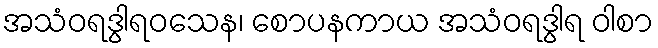
အသံဝရဒွါရဝသေန၊ စောပနကာယ အသံဝရဒွါရ ဝါစာ